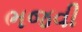
ભજવી